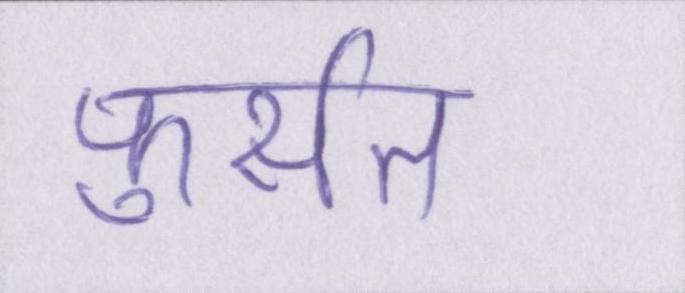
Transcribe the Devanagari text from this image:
फुर्सत